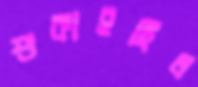
শুকাইছিল